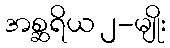
အစ္ဆရိယ ၂-မျိုး